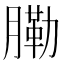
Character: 𦟯